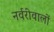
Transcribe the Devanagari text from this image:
नर्वरीवालों